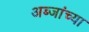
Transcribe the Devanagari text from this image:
अब्जांच्या